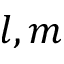
l , m